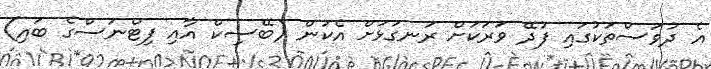
އެ ދުވަސްތަކުގައި ފުދޭ ވަރަކަށް ރަނގަޅަށް އެކަން (ބޭސިކް އާއި ފިޓްނަސްގެ ބައި)